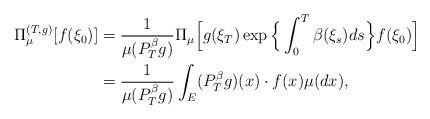
LaTeX: \begin{align*}\Pi_{\mu}^{(T,g)} [ f(\xi_0) ]&= \frac{1}{\mu(P^\beta_Tg)}\Pi_{\mu}\Big[g(\xi_T) \exp\Big\{\int_0^T \beta(\xi_s)ds \Big\} f(\xi_0) \Big]\\&= \frac{1}{\mu(P^\beta_T g)}\int_E (P^\beta_T g)(x) \cdot f(x)\mu(dx),\end{align*}